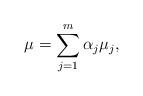
LaTeX: \begin{align*} \mu=\sum_{j=1}^m \alpha_j \mu_{j},\end{align*}